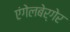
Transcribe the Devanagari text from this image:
एंगेलबेर्गेर